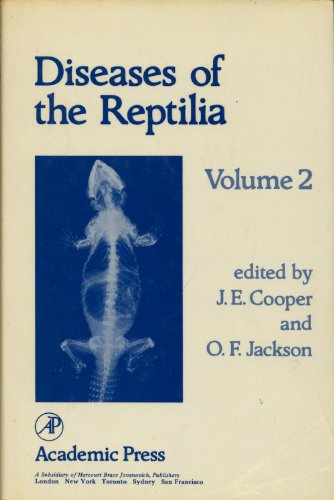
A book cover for Diseases of the Reptilia, Vol. 2; J. E. Cooper; Medical Books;